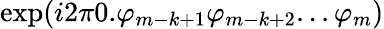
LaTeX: \exp(i2\pi 0.\varphi_{m-k+1}\varphi_{m-k+2}...\varphi_{m})